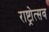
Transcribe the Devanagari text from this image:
राष्ट्रोत्सव